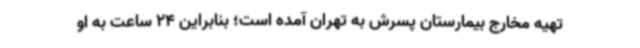
تهیه مخارج بیمارستان پسرش به تهران آمده است؛ بنابراین 24 ساعت به او